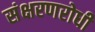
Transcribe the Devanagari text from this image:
संक्षरणरोधी